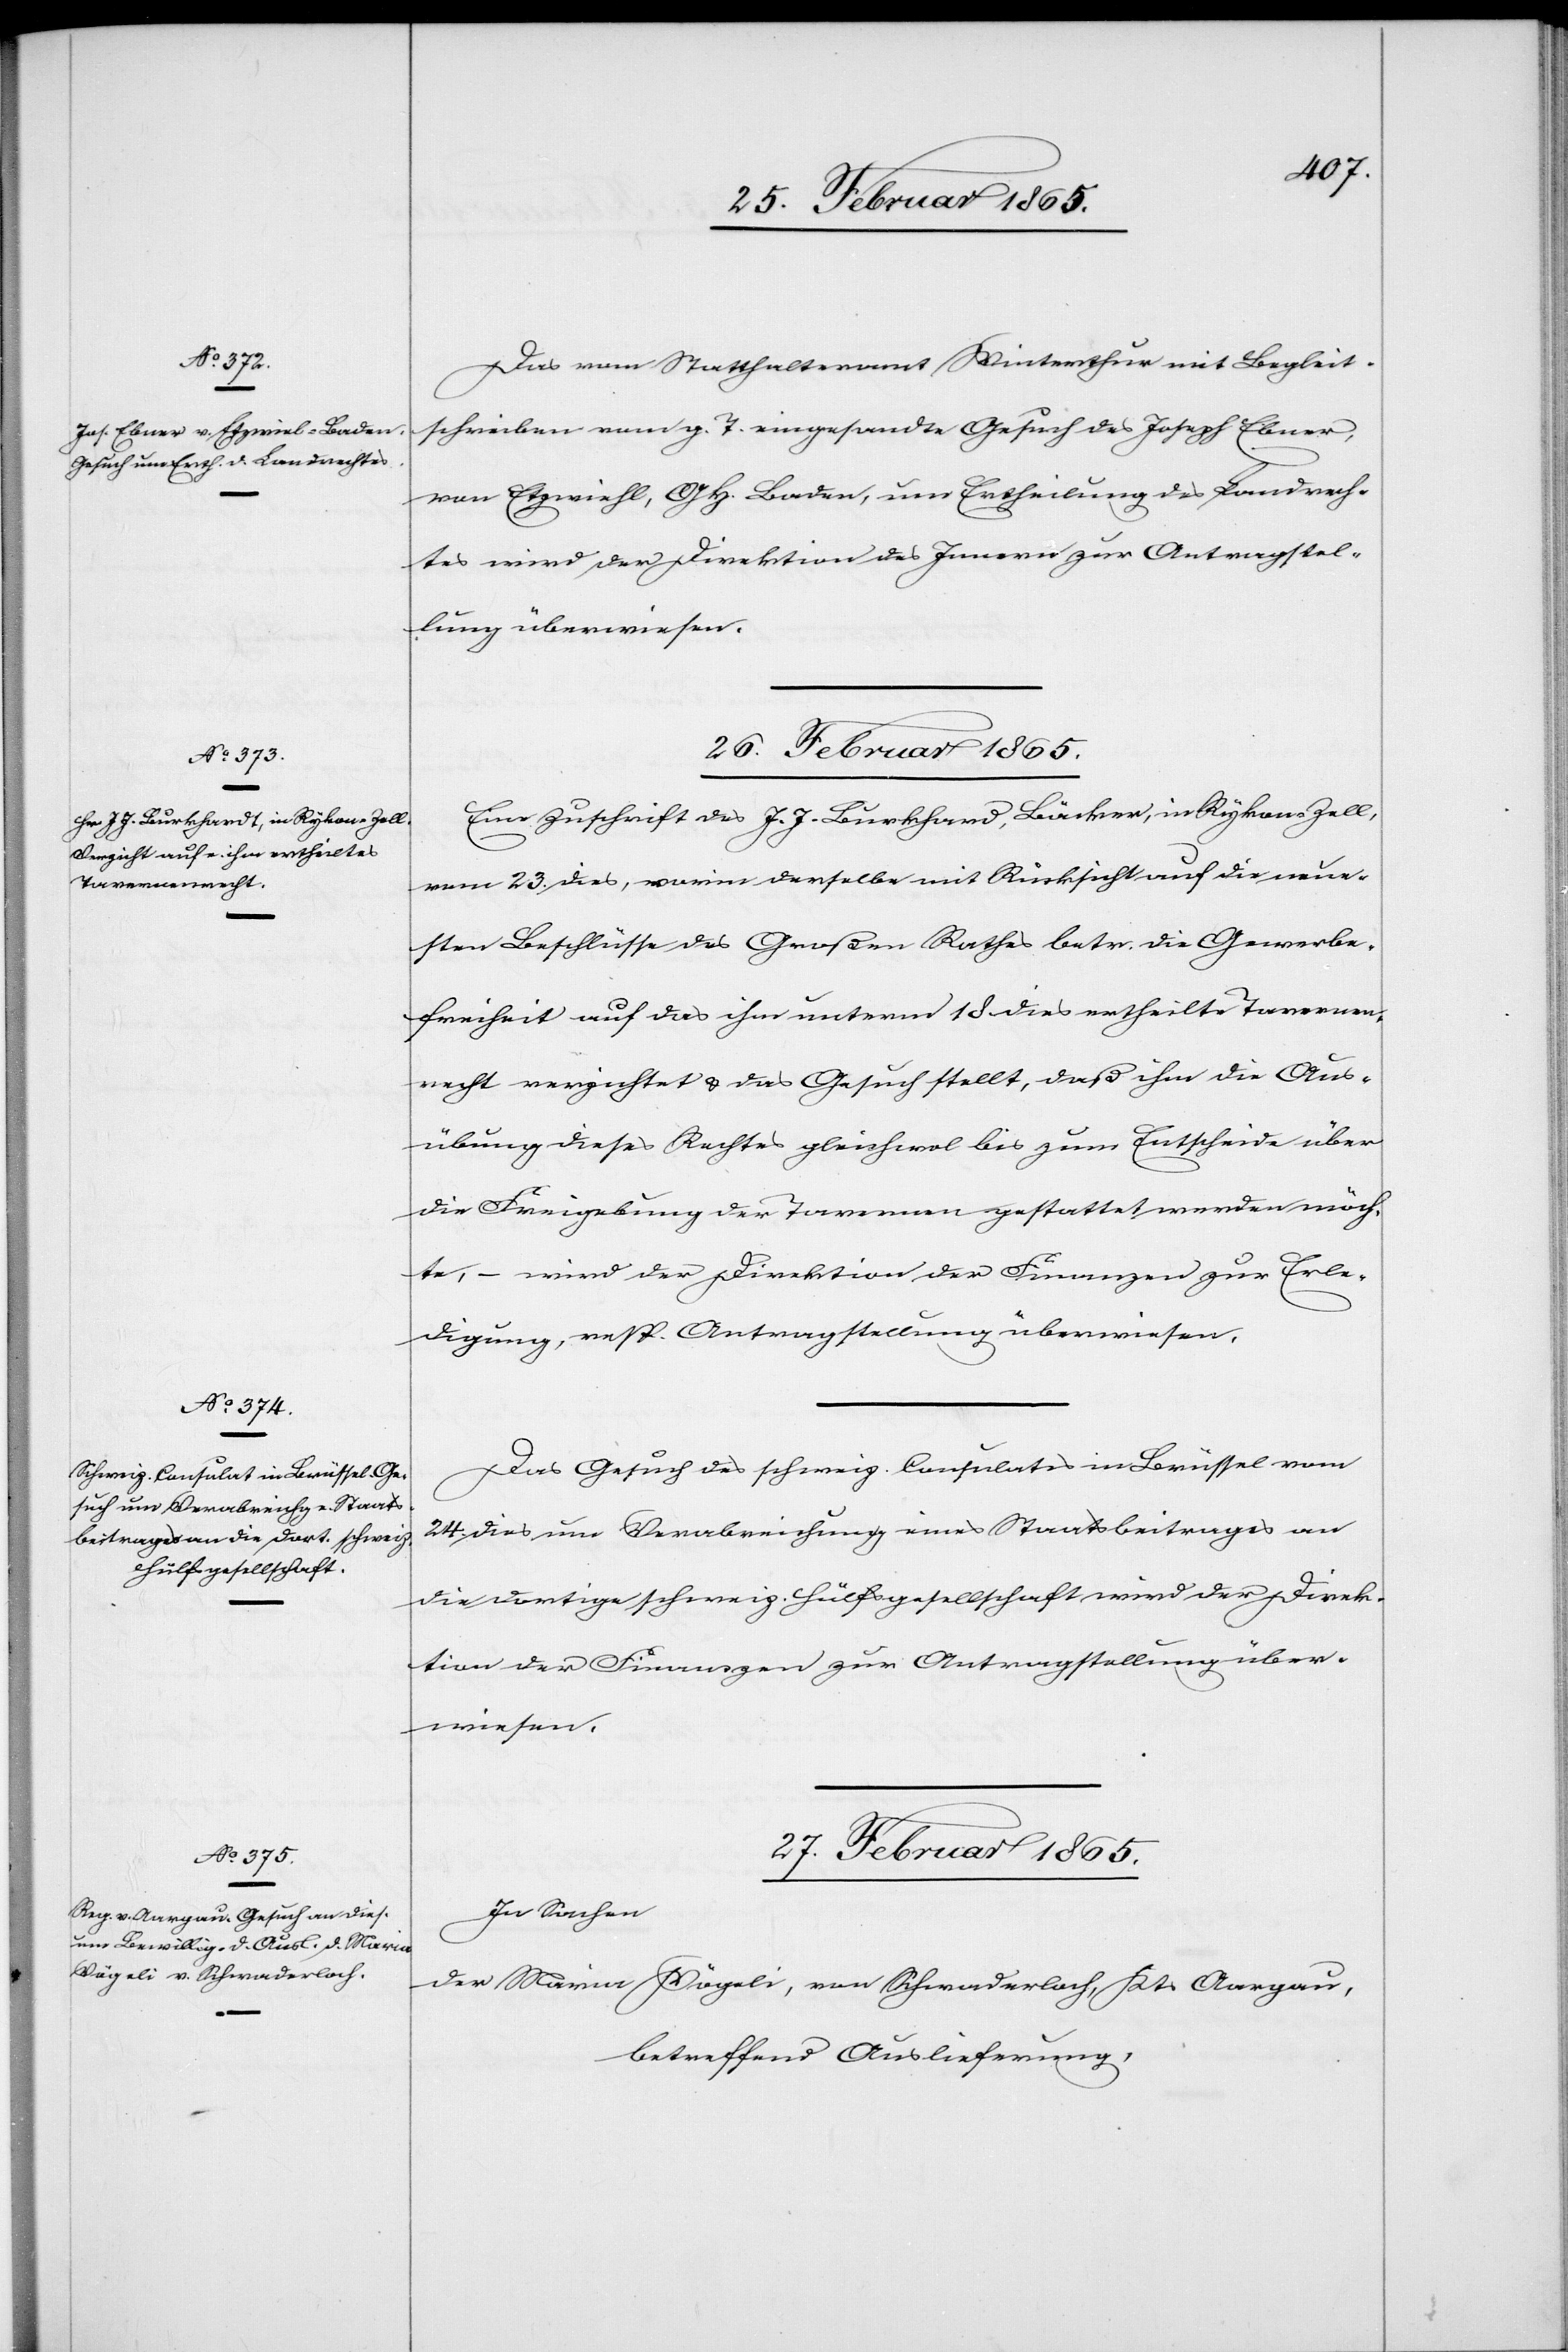
25. Februar 1865.]
Das vom Statthalteramt Winterthur mit Begleit¬
schreiben vom g. T. eingesandte Gesuch des Joseph Ebner,
von Etzwiehl, G. H. Baden, um Ertheilung des Landrech¬
tes wird der Direktion des Innern zur Antragstel¬
lung überwiesen.
26. Februar 1865.]
Eine Zuschrift des J. J. Burkhard [sic!], Bäcker, in Rykon-Zell,
vom 23. dies, worin derselbe mit Rücksicht auf die neue¬
sten Beschlüsse des Großen Rathes betr. die Gewerbe¬
freiheit auf das ihm unterm 18 dies ertheilte Tavernen¬
recht verzichtet u. das Gesuch stellt, daß ihm die Aus¬
übung dieses Rechtes gleichwol bis zum Entscheide über
die Freigebung der Tavernen gestattet werden möch¬
te, – wird der Direktion der Finanzen zur Erle¬
digung, resp. Antragstellung überwiesen.
Das Gesuch des schweiz. Consulates in Brüssel vom
24. dies um Verabreichung eines Staatsbeitrages an
die dortige schweiz. Hülfsgesellschaft wird der Direk¬
tion der Finanzen zur Antragstellung über¬
wiesen.
27. Februar 1865.
In Sachen
der Maria Vögeli, von Schwaderloch, Kts Aargau,
betreffend Auslieferung